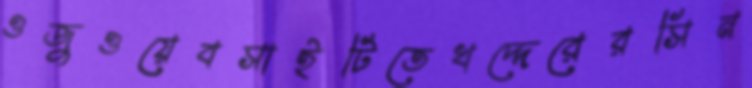
ওজুওয়েবসাইটিতেখদ্দেরেরসিন